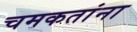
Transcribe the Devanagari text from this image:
चमकतांना